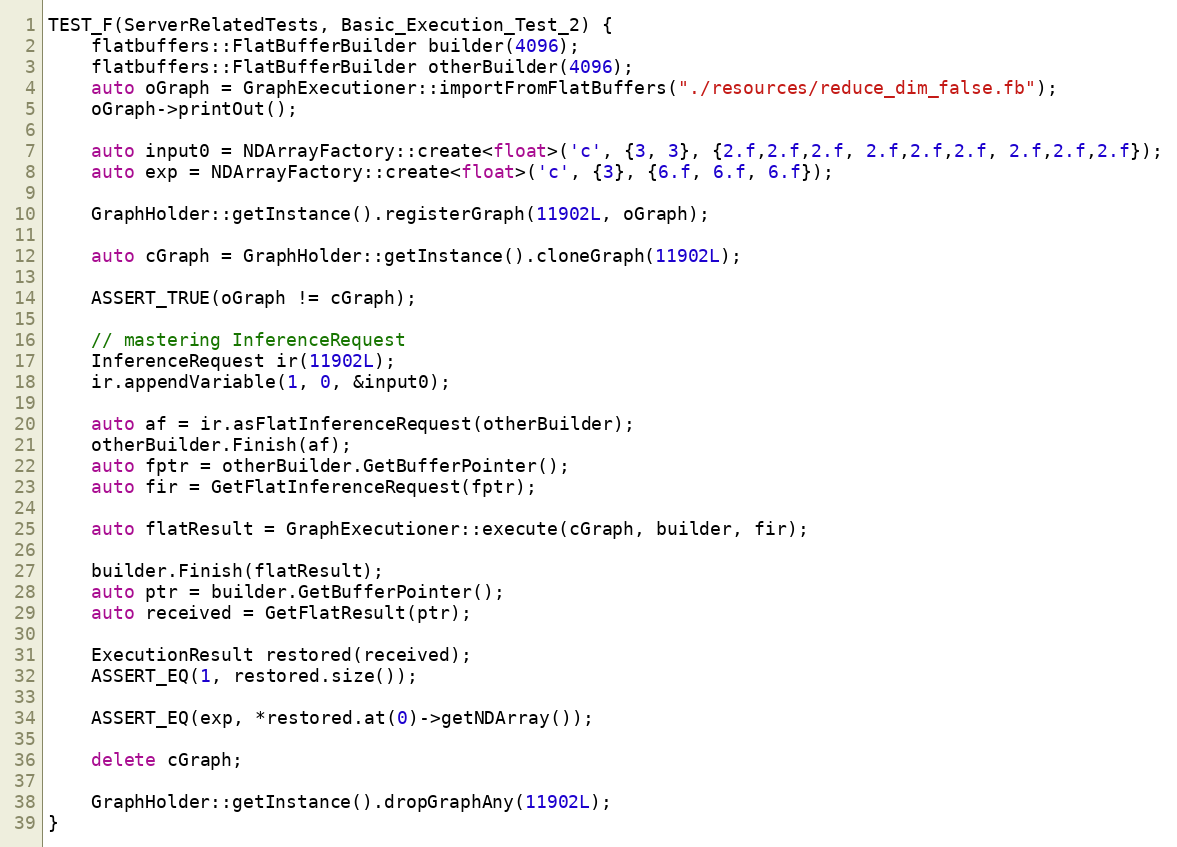
Language: C++
TEST_F(ServerRelatedTests, Basic_Execution_Test_2) {
    flatbuffers::FlatBufferBuilder builder(4096);
    flatbuffers::FlatBufferBuilder otherBuilder(4096);
    auto oGraph = GraphExecutioner::importFromFlatBuffers("./resources/reduce_dim_false.fb");
    oGraph->printOut();

    auto input0 = NDArrayFactory::create<float>('c', {3, 3}, {2.f,2.f,2.f, 2.f,2.f,2.f, 2.f,2.f,2.f});
    auto exp = NDArrayFactory::create<float>('c', {3}, {6.f, 6.f, 6.f});

    GraphHolder::getInstance().registerGraph(11902L, oGraph);

    auto cGraph = GraphHolder::getInstance().cloneGraph(11902L);

    ASSERT_TRUE(oGraph != cGraph);

    // mastering InferenceRequest
    InferenceRequest ir(11902L);
    ir.appendVariable(1, 0, &input0);

    auto af = ir.asFlatInferenceRequest(otherBuilder);
    otherBuilder.Finish(af);
    auto fptr = otherBuilder.GetBufferPointer();
    auto fir = GetFlatInferenceRequest(fptr);

    auto flatResult = GraphExecutioner::execute(cGraph, builder, fir);

    builder.Finish(flatResult);
    auto ptr = builder.GetBufferPointer();
    auto received = GetFlatResult(ptr);

    ExecutionResult restored(received);
    ASSERT_EQ(1, restored.size());

    ASSERT_EQ(exp, *restored.at(0)->getNDArray());

    delete cGraph;

    GraphHolder::getInstance().dropGraphAny(11902L);
}